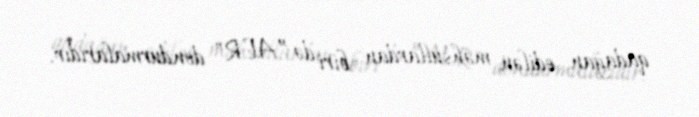
qadağan edilən məhsullardan biri də ”AER" dondurmalarıdır.